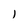
Character: 1